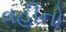
વહીનો